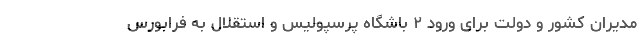
مدیران کشور و دولت برای ورود ۲ باشگاه پرسپولیس و استقلال به فرابورس